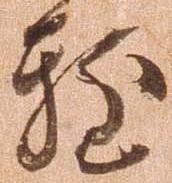
輙